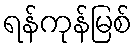
ရန်ကုန်မြစ်